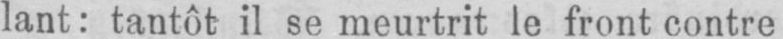
lant: tantôt il se meurtrit le front contre